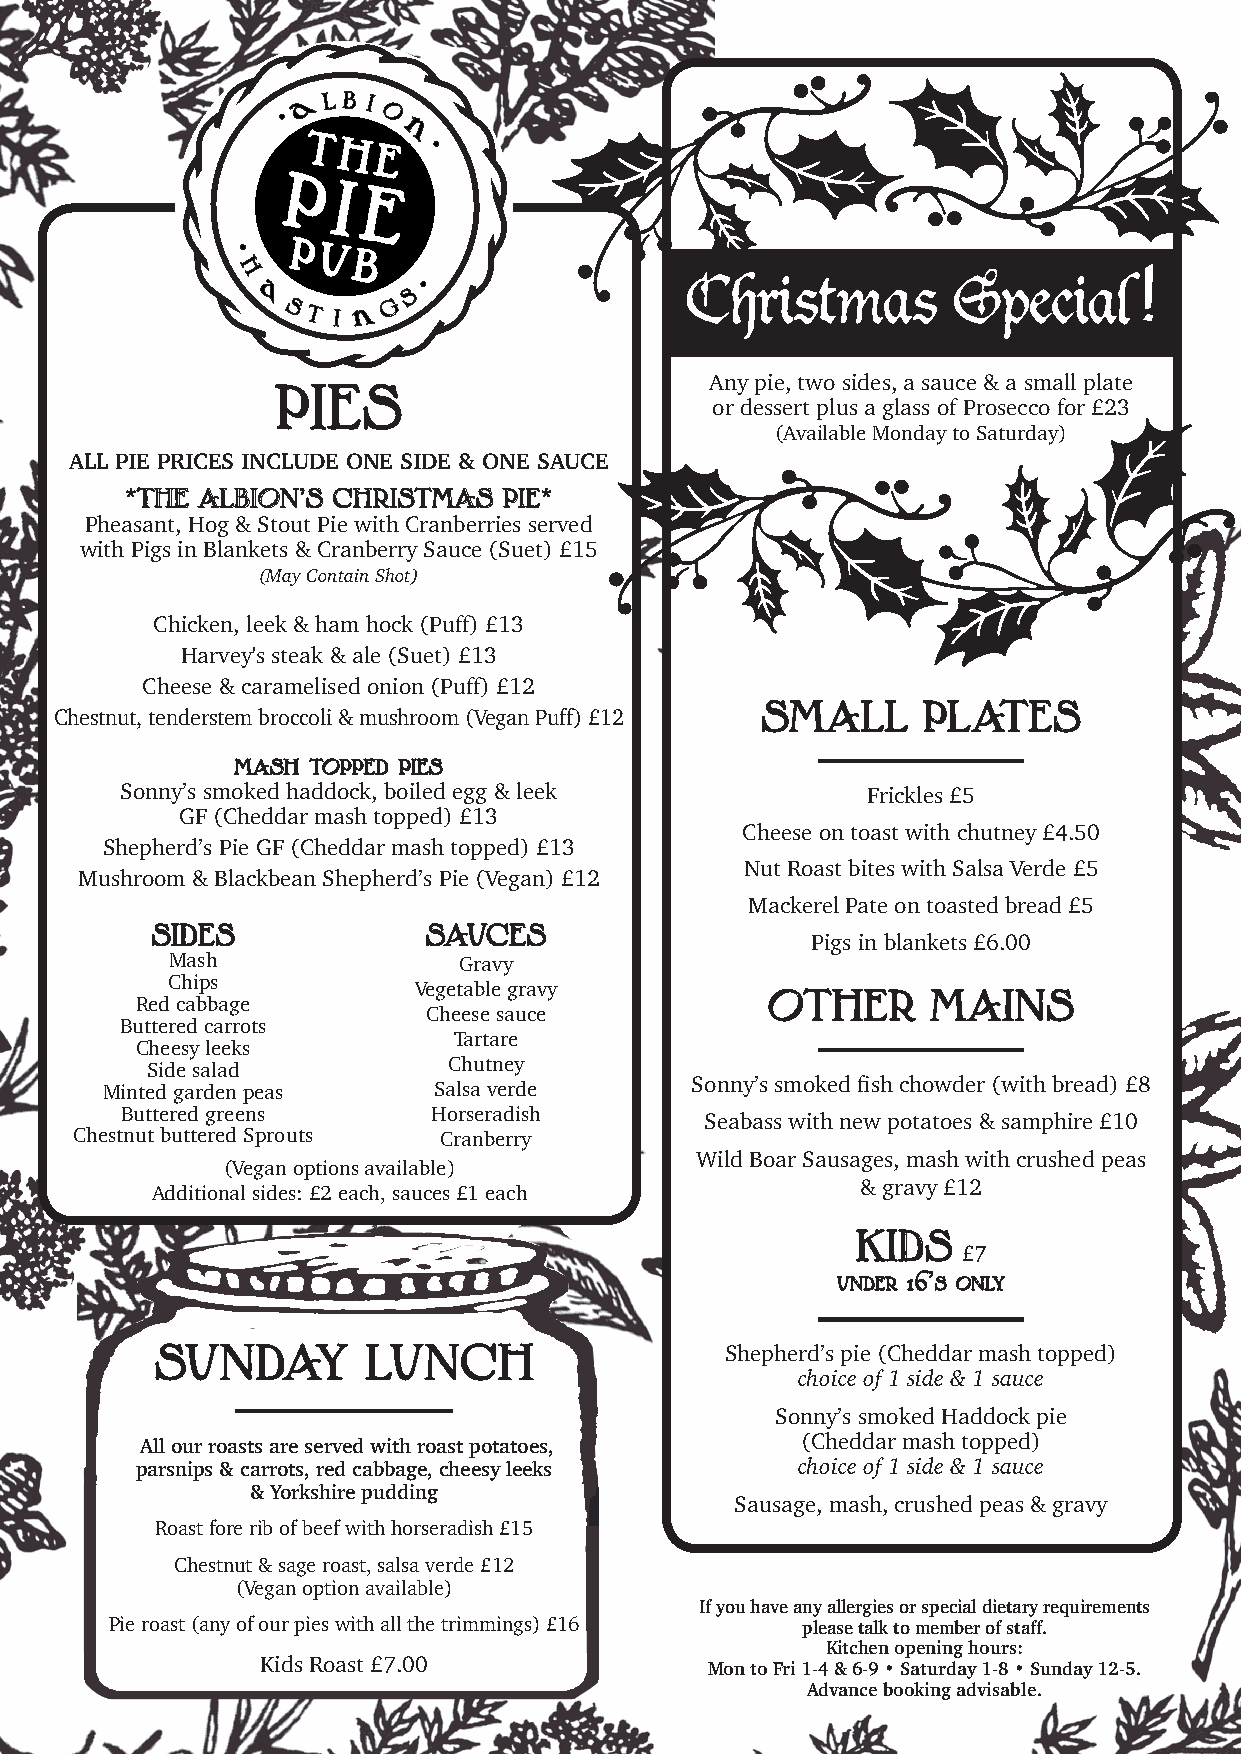
a L BI
 O
 n
 H
 a          S
 CChhrrii§§ttmmaa§§ SSppeecciiaall!!
 ST
 I
 n G
 Any pie, two sides, a sauce & a small plate
 PIES
 or dessert plus a glass of Prosecco for £23
 (Available Monday to Saturday)
 ALL PIE PRICES INCLUDE ONE SIDE & ONE SAUCE
 *THE ALBION’S CHRISTMAS  PIE*
 Pheasant, Hog & Stout Pie with Cranberries served
 with Pigs in Blankets & Cranberry Sauce (Suet) £15
 (May Contain Shot)
 Chicken, leek & ham hock (Puff) £13
 Harvey's steak & ale (Suet) £13
 Cheese & caramelised onion (Puff) £12
 SMALL      PLATES
 Chestnut, tenderstem broccoli & mushroom (Vegan Puff) £12
 mash topped pies
 Sonny’s smoked haddock, boiled egg & leek        Frickles £5
 GF (Cheddar mash topped) £13
 Cheese on toast with chutney £4.50
 Shepherd’s Pie GF (Cheddar mash topped) £13
 Nut Roast bites with Salsa Verde £5
 Mushroom & Blackbean Shepherd’s Pie (Vegan) £12
 Mackerel Pate on toasted bread £5
 SIDES             SAUCES
 Pigs in blankets £6.00
 Mash               Gravy
 Chips           Vegetable gravy
 Red cabbage                               OTHER      MAINS
 Cheese sauce
 Buttered carrots
 Tartare
 Cheesy leeks
 Side salad          Chutney
 Minted garden peas    Salsa verde      Sonny’s smoked fish chowder (with bread) £8
 Buttered greens      Horseradish
 Seabass with new potatoes & samphire £10
 Chestnut buttered Sprouts Cranberry
 Wild Boar Sausages, mash with crushed peas
 (Vegan options available)
 & gravy £12
 Additional sides: £2 each, sauces £1 each
 KIDS
 £7
 under 16’s only
 SUNDAY        LUNCH                   Shepherd’s pie (Cheddar mash topped)
 choice of 1 side & 1 sauce
 Sonny’s smoked Haddock pie
 All our roasts are served with roast potatoes, (Cheddar mash topped)
 parsnips & carrots, red cabbage, cheesy leeks choice of 1 side & 1 sauce
 & Yorkshire pudding
 Sausage, mash, crushed peas & gravy
 Roast fore rib of beef with horseradish £15
 Chestnut & sage roast, salsa verde £12
 (Vegan option available)
 If you have any allergies or special dietary requirements
 Pie roast (any of our pies with all the trimmings) £16 please talk to member of staff.
 Kitchen opening hours:
 Kids Roast £7.00              Mon to Fri 1-4 & 6-9 • Saturday 1-8 • Sunday 12-5.
 Advance booking advisable.